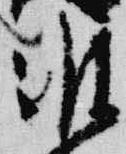
准